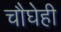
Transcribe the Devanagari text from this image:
चौघेही